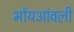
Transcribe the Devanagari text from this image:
भोंयआंवली